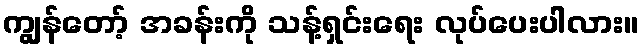
ကျွန်တော့် အခန်းကို သန့်ရှင်းရေး လုပ်ပေးပါလား။